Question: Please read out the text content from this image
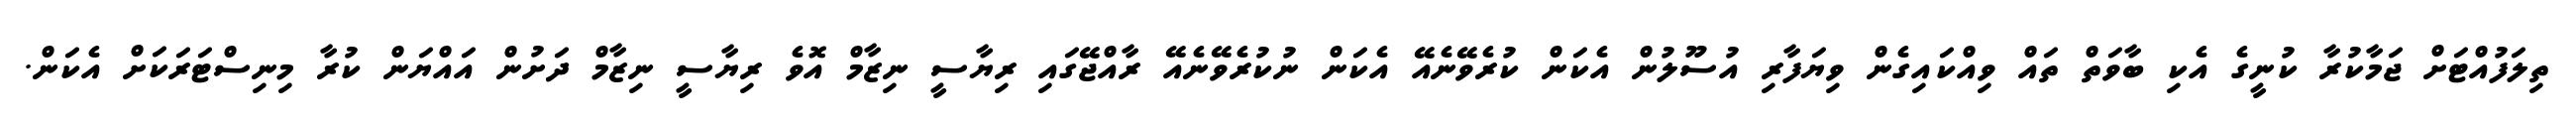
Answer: ތިލަފުއްޓަށް ޖަމާކުރާ ކުނީގެ އެކި ބާވަތް ތައް ވިއްކައިގެން ވިޔަފާރި އުސޫލުން އެކަން ކުރެވޭނެއޭ އެކަން ނުކުރެވޭނެއޭ ރާއްޖޭގައި ރިޔާސީ ނިޒާމް އޮވެ ރިޔާސީ ނިޒާމް ދަށުން އައްޔަން ކުރާ މިނިސްޓަރަކަށް އެކަން.